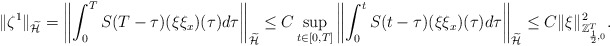
\begin{align*} \|\zeta^1\|_{\widetilde{\mathcal{H}}}=\left\|\int_{0}^{T}S(T-\tau)(\xi\xi_x)(\tau)d\tau\right\|_{\widetilde{\mathcal{H}}} \leq C \sup_{t\in[0,T]}\left\|\int_{0}^{t}S(t-\tau)(\xi\xi_x)(\tau)d\tau\right\|_{\widetilde{\mathcal{H}}} \leq C\|\xi\|_{\mathbb{Z}_{\frac{1}{2},0}^T}^{2}. \end{align*}